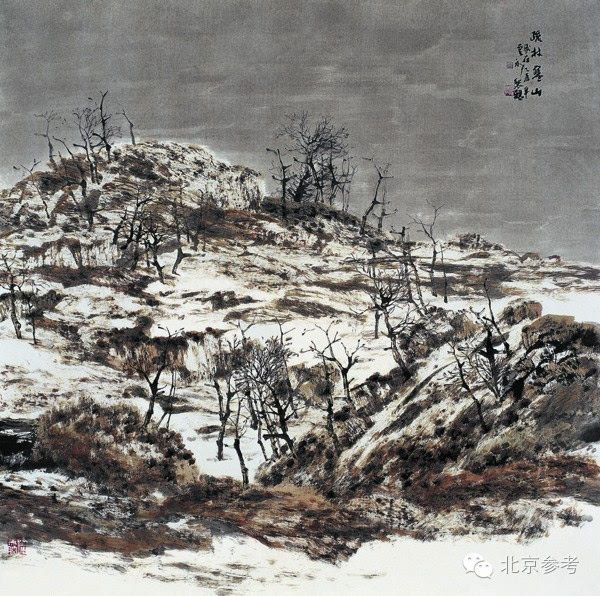
悲商叩林，白云依山。